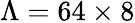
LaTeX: \Lambda=64\times 8